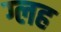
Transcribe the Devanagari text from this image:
ग्लह